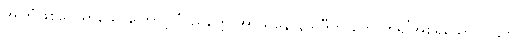
အကြံဖြစ်လေရာသောကြောင့် ‘ပညတ္တေ အာသနေ နိသိဒီတိ တေ ကိရ’အစရှိသော ပါဌ်ကို